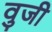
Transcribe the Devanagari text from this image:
वुजी